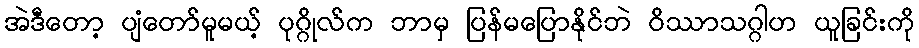
အဲဒီတော့ ပျံတော်မူမယ့် ပုဂ္ဂိုလ်က ဘာမှ ပြန်မပြောနိုင်ဘဲ ဝိဿာသဂ္ဂါဟ ယူခြင်းကို